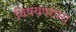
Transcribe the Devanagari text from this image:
विषयपरंपरा